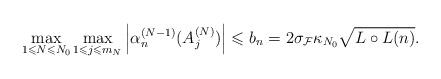
LaTeX: \begin{align*}\max_{1\leqslant N\leqslant N_{0}}\max_{1\leqslant j\leqslant m_{N}}\left\vert\alpha_{n}^{(N-1)}(A_{j}^{(N)})\right\vert \leqslant b_{n}=2\sigma_{\mathcal{F}}\kappa_{N_{0}}\sqrt{L\circ L(n)}.\end{align*}